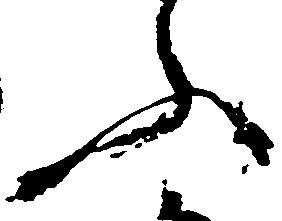
ふ